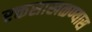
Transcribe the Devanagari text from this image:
रक्तसाखळण्यास